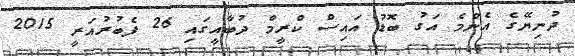
ދުނިޔޭގެ އެންމެ އަގު ބޮޑު އައިސް ކްރީމް ދުބާއީގައި 26 ފެބުރުއަރީ 2015